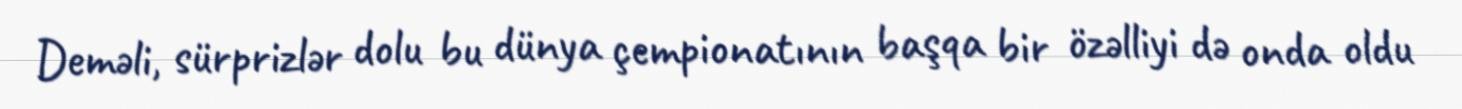
Deməli, sürprizlər dolu bu dünya çempionatının başqa bir özəlliyi də onda oldu